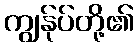
ကျွန်ုပ်တို့၏